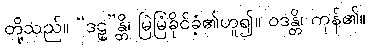
တို့သည်။ “ဒဠှ”န္တိ၊ မြဲမြံခိုင်ခံ့၏ဟူ၍။ ဝဒန္တိ၊ ကုန်၏။